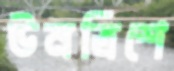
উনত্রিশে